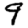
Digit: 9